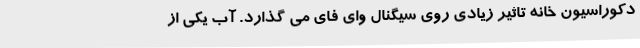
دکوراسیون خانه تاثیر زیادی روی سیگنال وای فای می گذارد. آب یکی از